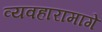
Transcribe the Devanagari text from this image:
व्यवहारामागे